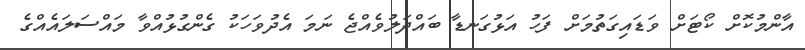
އާންމުކޮށް ކޯޓަށް ވަޑައިގަތުމަށް ފަހު އަޅުގަނޑާ ބައްދަލުވެއްޖެ ނަމަ އެދުވަހަކު ގެންގުޅުއްވާ މައްސަލައެއްގެ